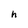
Character: h